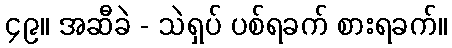
၄၉။ အဆီခဲ - သဲရှပ် ပစ်ရခက် စားရခက်။